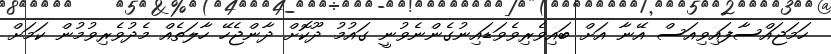
ހަަމަޖައްސާފައިވިއަސް އޭނާ އަށް ބައިވެރިވެވަޑައިނުގެންނެވުނީ ގައުމު ދޫކޮށް ދާންޖެހޭ ހާލަތެއް މެދުވެރިވުމުން ކަމަށް